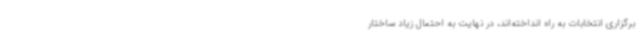
برگزاری انتخابات به راه انداخته‌اند، در نهایت به‌ احتمال ‌زیاد ساختار